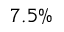
7 . 5 \%